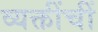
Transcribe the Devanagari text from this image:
व्यक्तींचीं